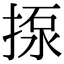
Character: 揼